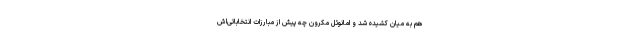
هم به میان کشیده شد و امانوئل مکرون چه پیش از مبارزات انتخاباتی‌اش